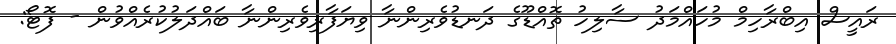
ރައީސް އިބްރާހިމް މުހައްމަދު ސާލިހު ތޮއްޑޫގެ ދަނޑުވެރިންނާ ވިޔަފާރިވެރިންނާ ބައްދަލުކުރެއްވުން - ފޮޓޯ: